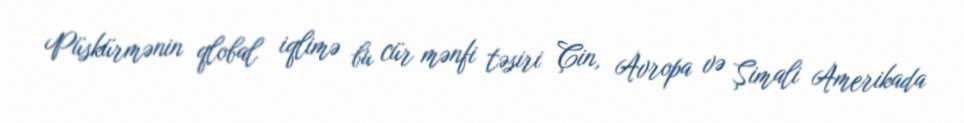
Püskürmənin qlobal iqlimə bu cür mənfi təsiri Çin, Avropa və Şimali Amerikada